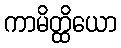
ကာမိတ္ထိယော